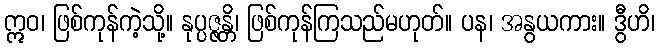
ဣဝ၊ ဖြစ်ကုန်ကဲ့သို့။ နုပ္ပဇ္ဇန္တိ၊ ဖြစ်ကုန်ကြသည်မဟုတ်။ ပန၊ အနွယကား။ ဒွီဟိ၊